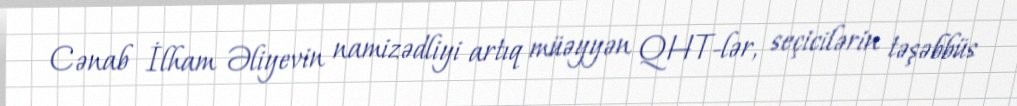
Cənab İlham Əliyevin namizədliyi artıq müəyyən QHT-lər, seçicilərin təşəbbüs